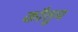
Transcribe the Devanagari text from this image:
कौतुम